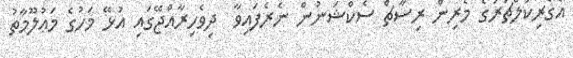
އެގްރިކަލްޗަރުގެ މެރިން ރިސާޗް ސެކްޝަނުން ނެރެފައިވާ  ދިވެހިރާއްޖޭގައި އުޅޭ މަހުގެ މަޢުލޫމާތު